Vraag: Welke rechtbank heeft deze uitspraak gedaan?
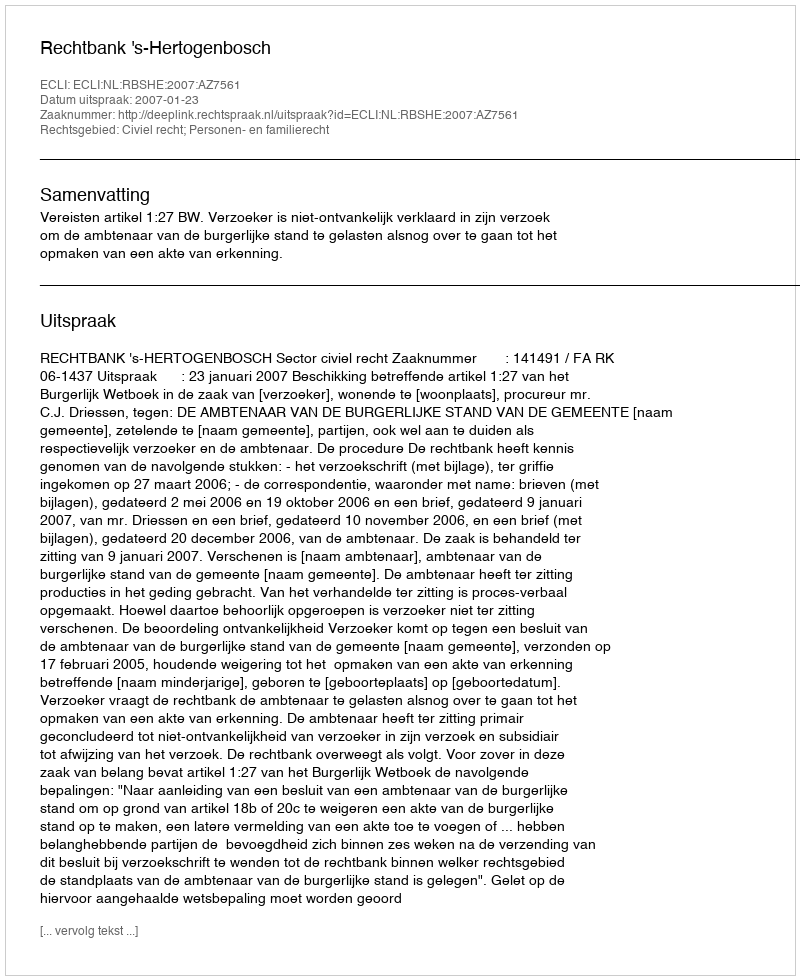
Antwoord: Rechtbank 's-Hertogenbosch